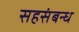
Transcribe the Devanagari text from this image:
सहसंबन्ध